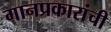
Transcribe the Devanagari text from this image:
गानप्रकारांची